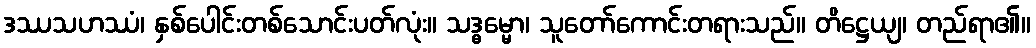
ဒဿသဟဿံ၊ နှစ်ပေါင်းတစ်သောင်းပတ်လုံး။ သဒ္ဓမ္မော၊ သူတော်ကောင်းတရားသည်။ တိဋ္ဌေယျ၊ တည်ရာ၏။